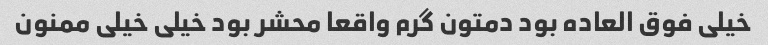
خیلی فوق العاده بود دمتون گرم واقعا محشر بود خیلی خیلی ممنون